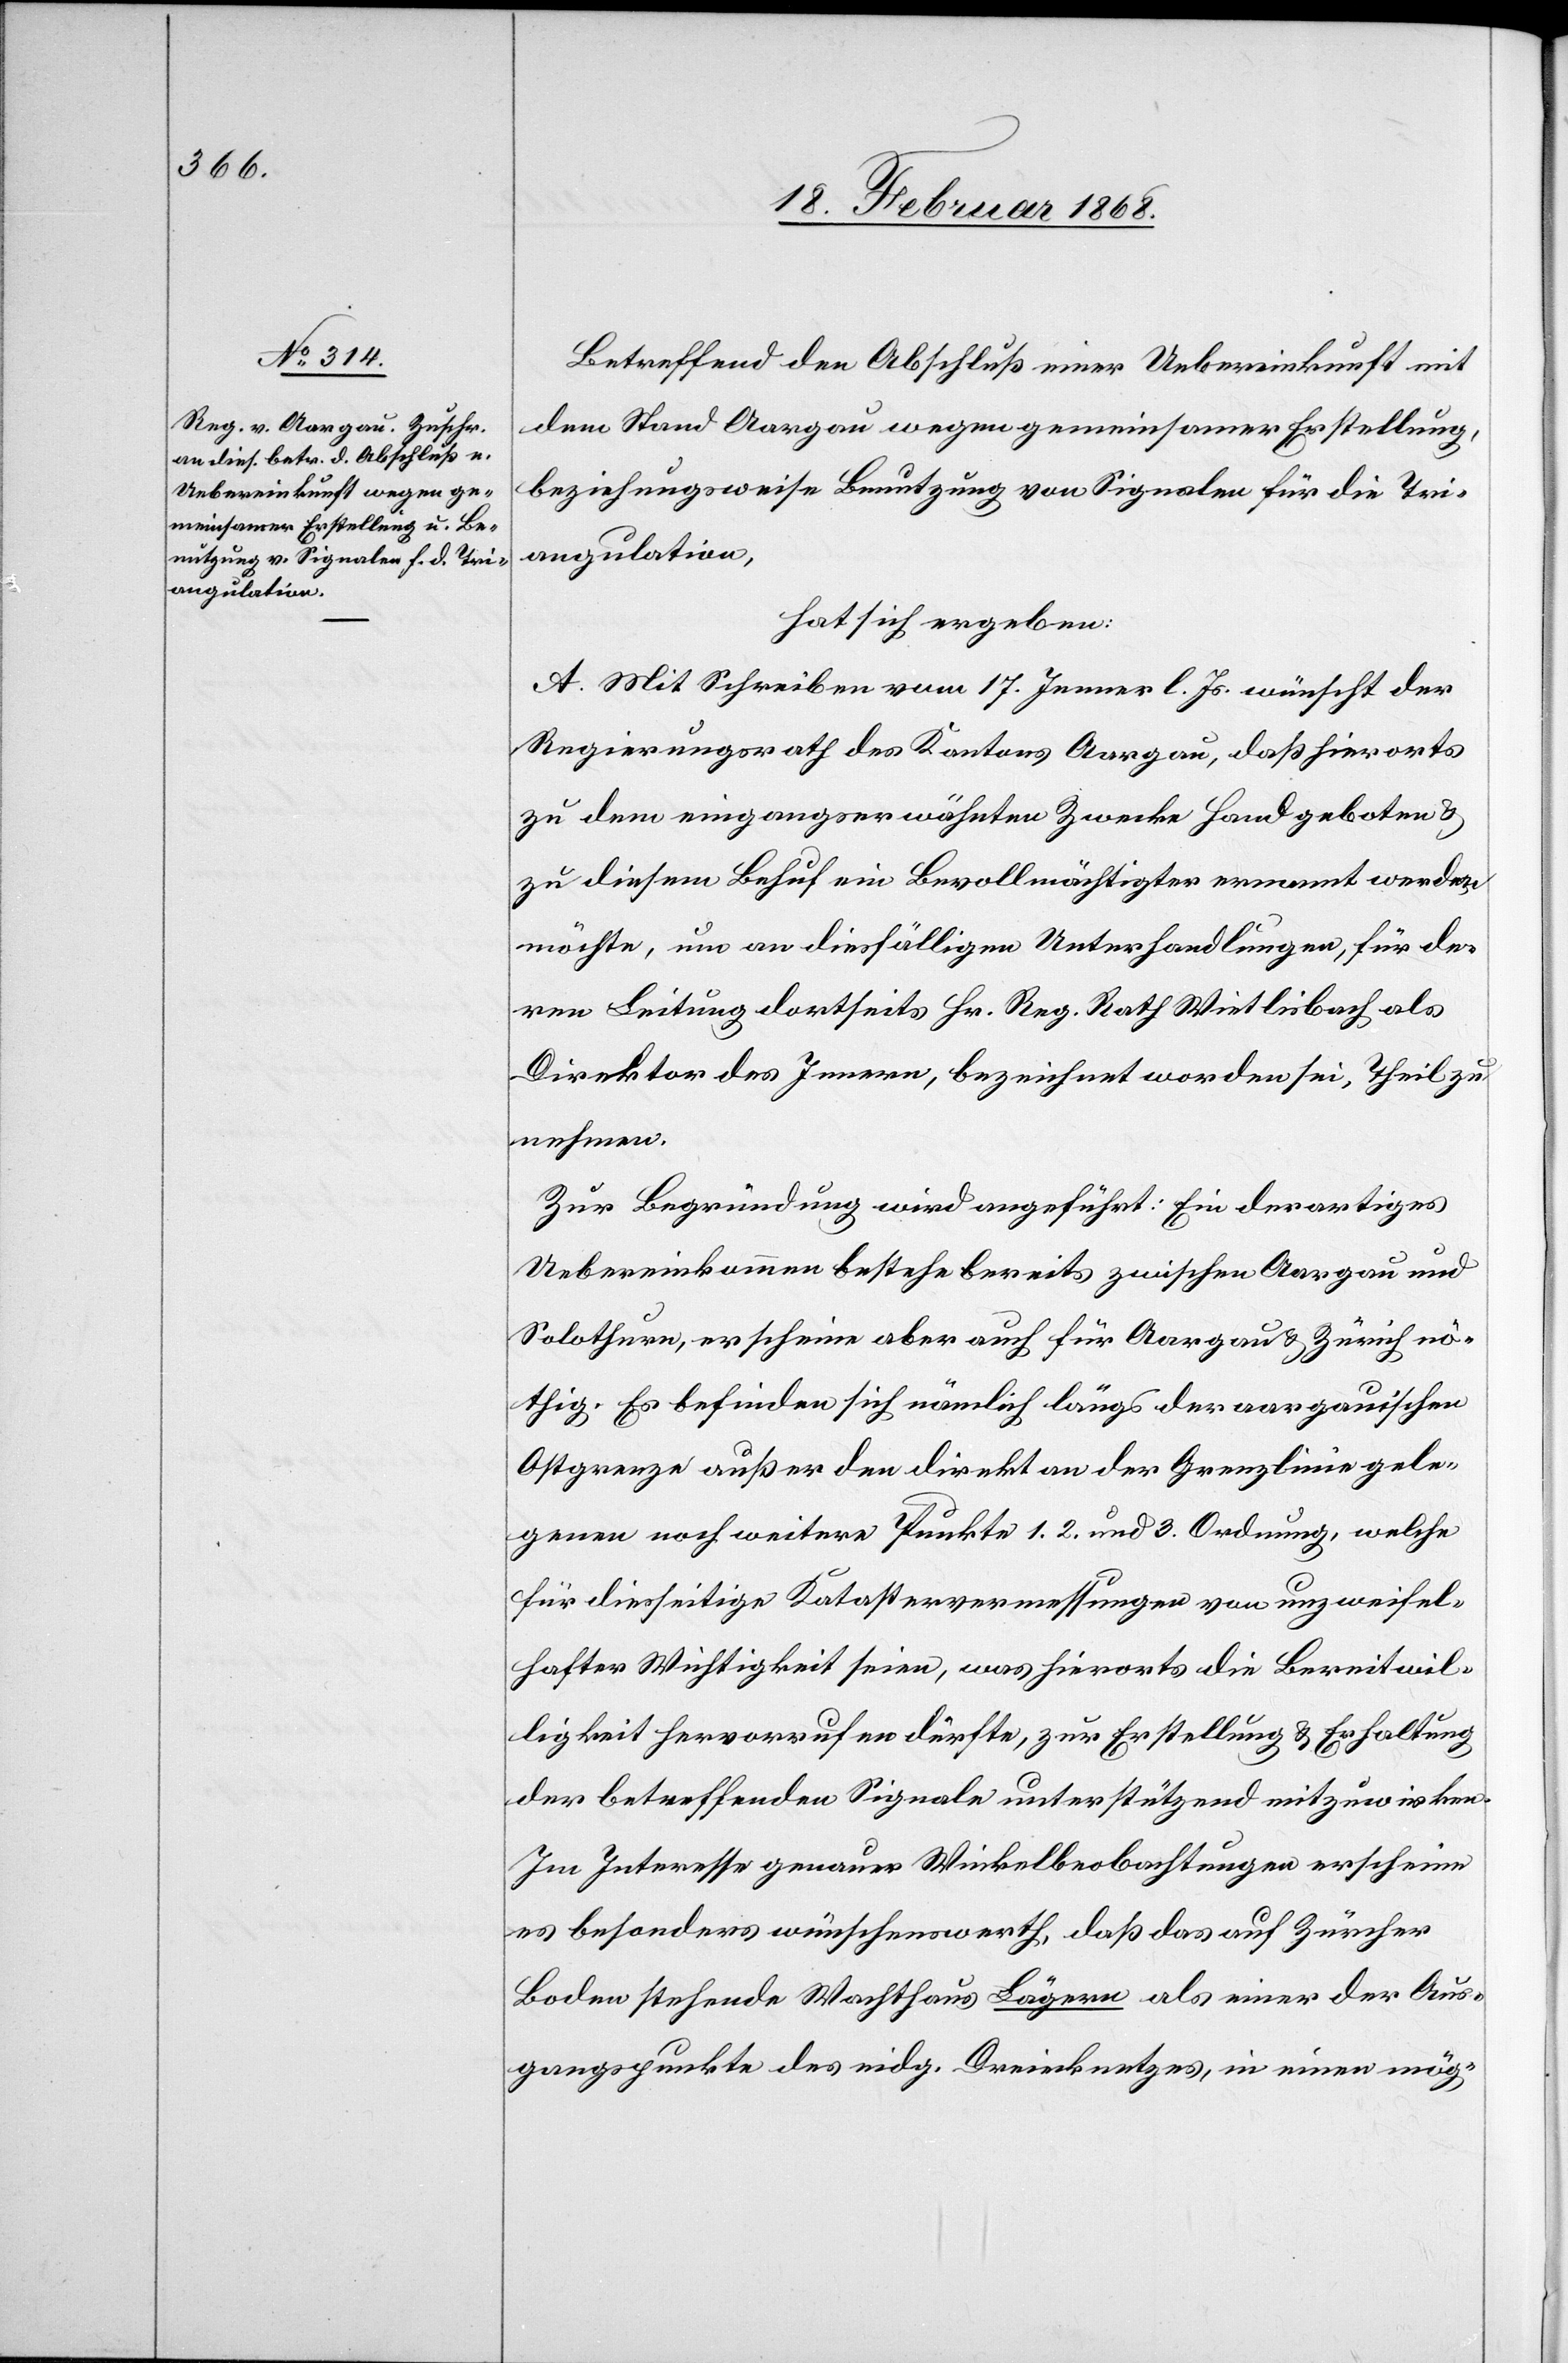
Betreffend den Abschluß einer Uebereinkunft mit
dem Stand Aargau wegen gemeinsamer Erstellung,
beziehungsweise Benutzung von Signalen für die Tri¬
angulation,
hat sich ergeben:
A. Mit Schreiben vom 17. Jenner l. Js. wünscht der
Regierungsrath des Kantons Aargau, daß hierorts
zu dem eingangserwähnten Zwecke Hand geboten &
zu diesem Behuf ein Bevollmächtigter ernannt werden
möchte, um an diesfälligen Unterhandlungen, für de¬
ren Leitung dortseits Hr. Reg. Rath Wietlisbach als
Direktor des Innern, bezeichnet worden sei, Theil zu
nehmen.
Zur Begründung wird angeführt: Ein derartiges
Uebereinkommen bestehe bereits zwischen Aargau und
Solothurn, erscheine aber auch für Aargau & Zürich nö¬
thig. Es befinden sich nämlich längs der aargauischen
Ostgrenze außer den direkt an der Grenzlinie gele¬
genen noch weitere Punkte 1.[,] 2. und 3. Ordnung, welche
für diesseitige Katastervermessungen von unzweifel¬
hafter Wichtigkeit seien, was hierorts die Bereitwil¬
ligkeit hervorrufen dürfte, zur Erstellung & Erhaltung
der betreffenden Signale unterstützend mitzuwirken.
Im Interesse genauer Winkelbeobachtungen erscheine
es besonders wünschenswerth, daß das auf Zürcher
Boden stehende Wachthaus Lägern als einer der Aus¬
gangspunkte des eidg. Dreiecknetzes, in einen mög-